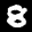
Label: 8